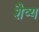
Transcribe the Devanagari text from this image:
शैव्य